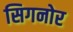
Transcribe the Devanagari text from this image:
सिगनोर